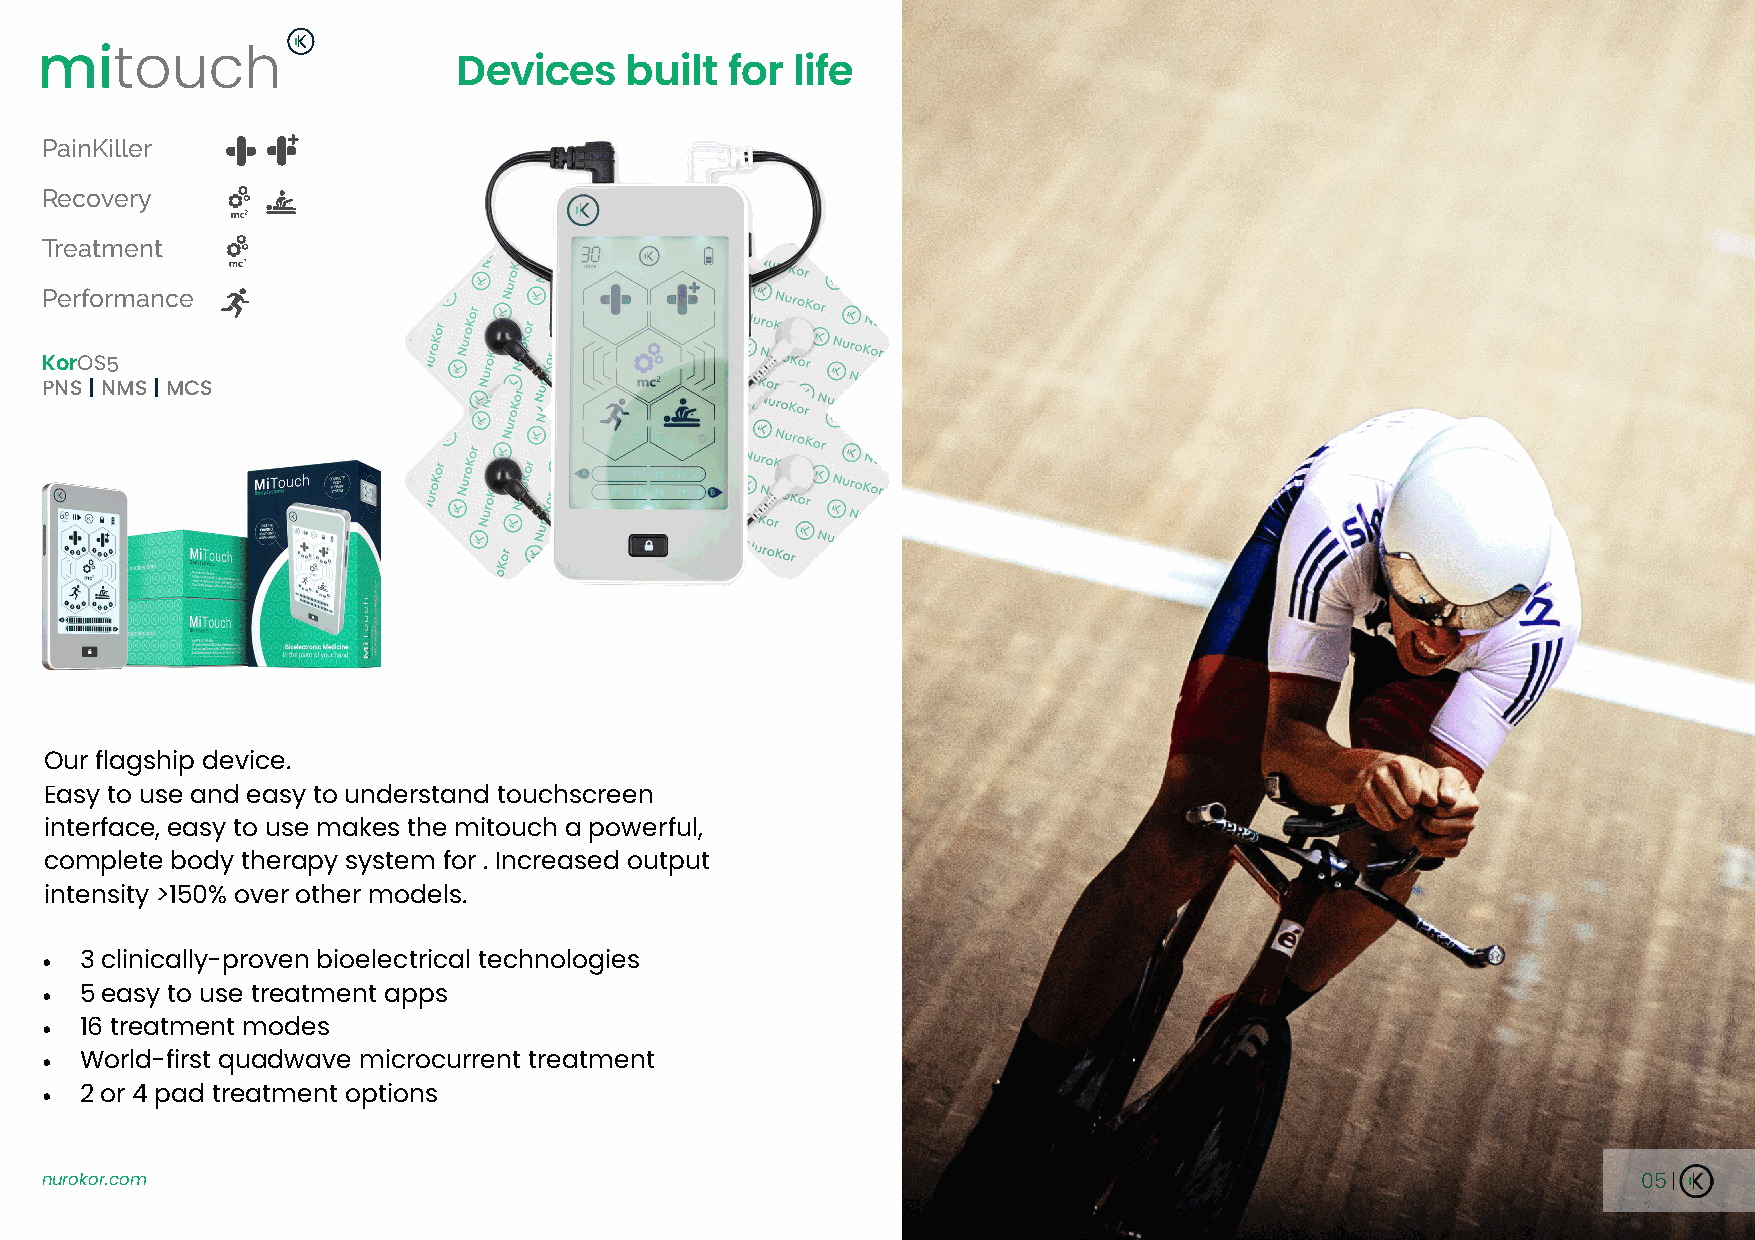
mitouch                     Devices    built  for life
 PainKiller
 Recovery
 Treatment
 Performance
 KorOS5
 PNS | NMS | MCS                        Made for:
 Consumers, Patients,
 Carers, Businesses,
 Active Lifestyle & Sport
 Our flagship device.
 Easy to use and easy to understand touchscreen
 interface, easy to use makes the mitouch a powerful,
 complete body therapy system for . Increased output
 intensity >150% over other models.
 • 3 clinically-proven bioelectrical technologies
 • 5 easy to use treatment apps
 • 16 treatment modes
 • World-first quadwave microcurrent treatment
 • 2 or 4 pad treatment options
 nurokor.com                                                                                               05